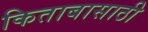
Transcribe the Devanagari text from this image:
किताबासाठी